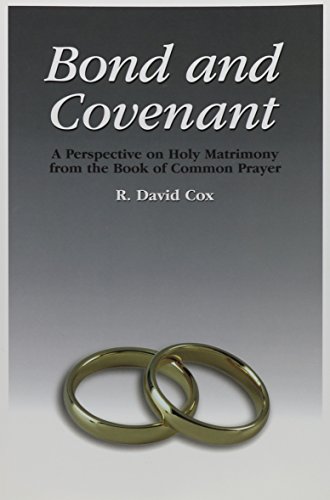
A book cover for Bond and Covenant: A Perspective on Holy Matrimony from the Book of Common Prayer; R. David Cox; Christian Books & Bibles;